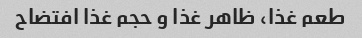
طعم غذا، ظاهر غذا و حجم غذا افتضاح